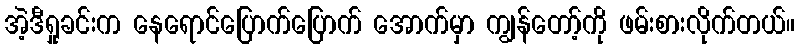
အဲ့ဒီရှုခင်းက နေရောင်ပြောက်ပြောက် အောက်မှာ ကျွန်တော့်ကို ဖမ်းစားလိုက်တယ်။